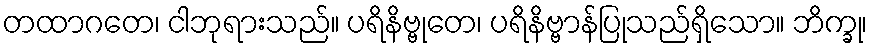
တထာဂတေ၊ ငါဘုရားသည်။ ပရိနိဗ္ဗုတေ၊ ပရိနိဗ္ဗာန်ပြုသည်ရှိသော။ ဘိက္ခု၊